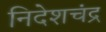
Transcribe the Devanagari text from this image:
निदेशचंद्र